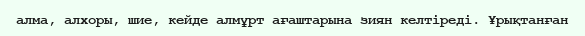
алма, алхоры, шие, кейде алмұрт ағаштарына зиян келтіреді. Ұрықтанған